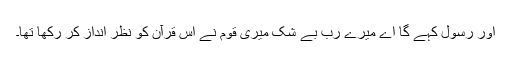
اور رسول کہے گا اے میرے رب بے شک میری قوم نے اس قرآن کو نظر انداز کر رکھا تھا۔